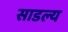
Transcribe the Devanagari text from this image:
साडल्य